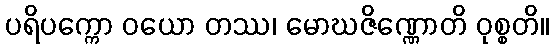
ပရိပက္ကော ဝယော တဿ၊ မောဃဇိဏ္ဏောတိ ဝုစ္စတိ။